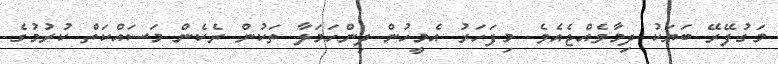
މަގުފޭރޭ ބަޔަކު ދިމާވެއްޖެއެވެ. މިފަހަރު އެމީހުން ދިންހަމަލާ ތަކުން ރެކެން މަސައްކަތް ކުރުމުގެ